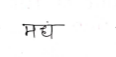
मजकूर: मंध